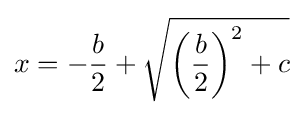
x=-{\frac {b}{2}}+{\sqrt {\left({\frac {b}{2}}\right)^{2}+c}}